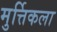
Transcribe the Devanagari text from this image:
मुर्त्तिकला